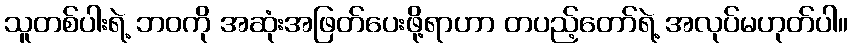
သူတစ်ပါးရဲ့ ဘဝကို အဆုံးအဖြတ်ပေးဖို့ရာဟာ တပည့်တော်ရဲ့ အလုပ်မဟုတ်ပါ။